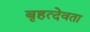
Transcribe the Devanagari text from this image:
बृहत्देवता